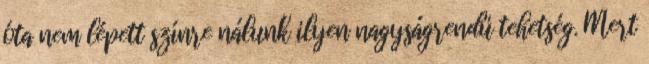
óta nem lépett színre nálunk ilyen nagyságrendű tehetség. Mert